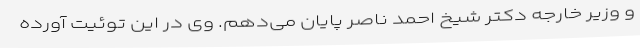
و وزیر خارجه دکتر شیخ احمد ناصر پایان می‌دهم. وی در این توئیت آورده